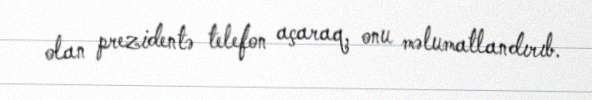
olan prezidentə telefon açaraq, onu məlumatlandırıb.